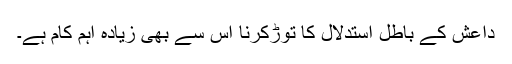
داعش کے باطل استدلال کا توڑکرنا اس سے بھی زیادہ اہم کام ہے۔